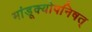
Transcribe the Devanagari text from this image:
मांडूक्योपनिषत्